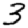
Digit: 3